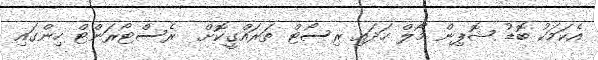
އެކަމަކު ބޮޑު ޝޮޕިން މޯލް ހަދައި ރިސޯޓް ތަރައްގީކޮށް  ރެސްޓޯރަންޓް ހިންގައި